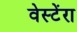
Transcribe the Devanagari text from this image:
वेस्टेंरा